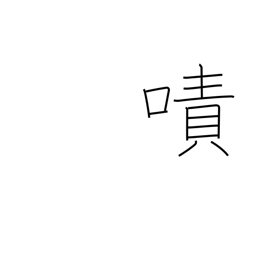
Meaning: torment